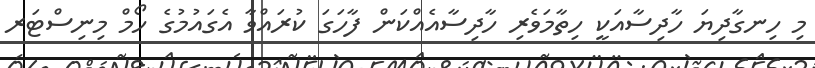
މި ހިނގާދިޔަ ހާދިސާއަކީ ހިތާމަވެރި ހާދިސާއެއްކަން ފާހަގަ ކުރައްވާ އެގައުމުގެ ހޯމް މިނިސްޓަރ